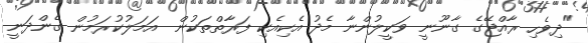
"ދިވެހި ރާއްޖޭގެ ގާނޫނީ ވަކީލުންނާ މެދު އެކިއެކި ފަރާތްތަކުން  އަމަލުކުރަމުން ގެންދަނީ